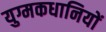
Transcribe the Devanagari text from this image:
युग्मकधानियों